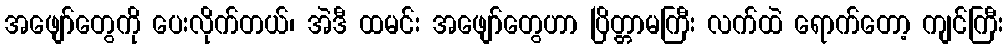
အဖျော်တွေကို ပေးလိုက်တယ်၊ အဲဒီ ထမင်း အဖျော်တွေဟာ ပြိတ္တာမကြီး လက်ထဲ ရောက်တော့ ကျင်ကြီး